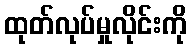
ထုတ်လုပ်မှုလိုင်းကို